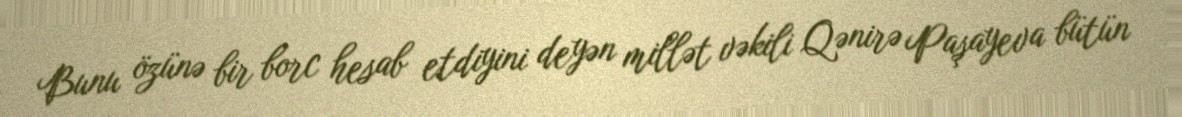
Bunu özünə bir borc hesab etdiyini deyən millət vəkili Qənirə Paşayeva bütün